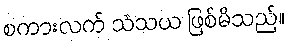
စကားလက် သံသယ ဖြစ်မိသည်။